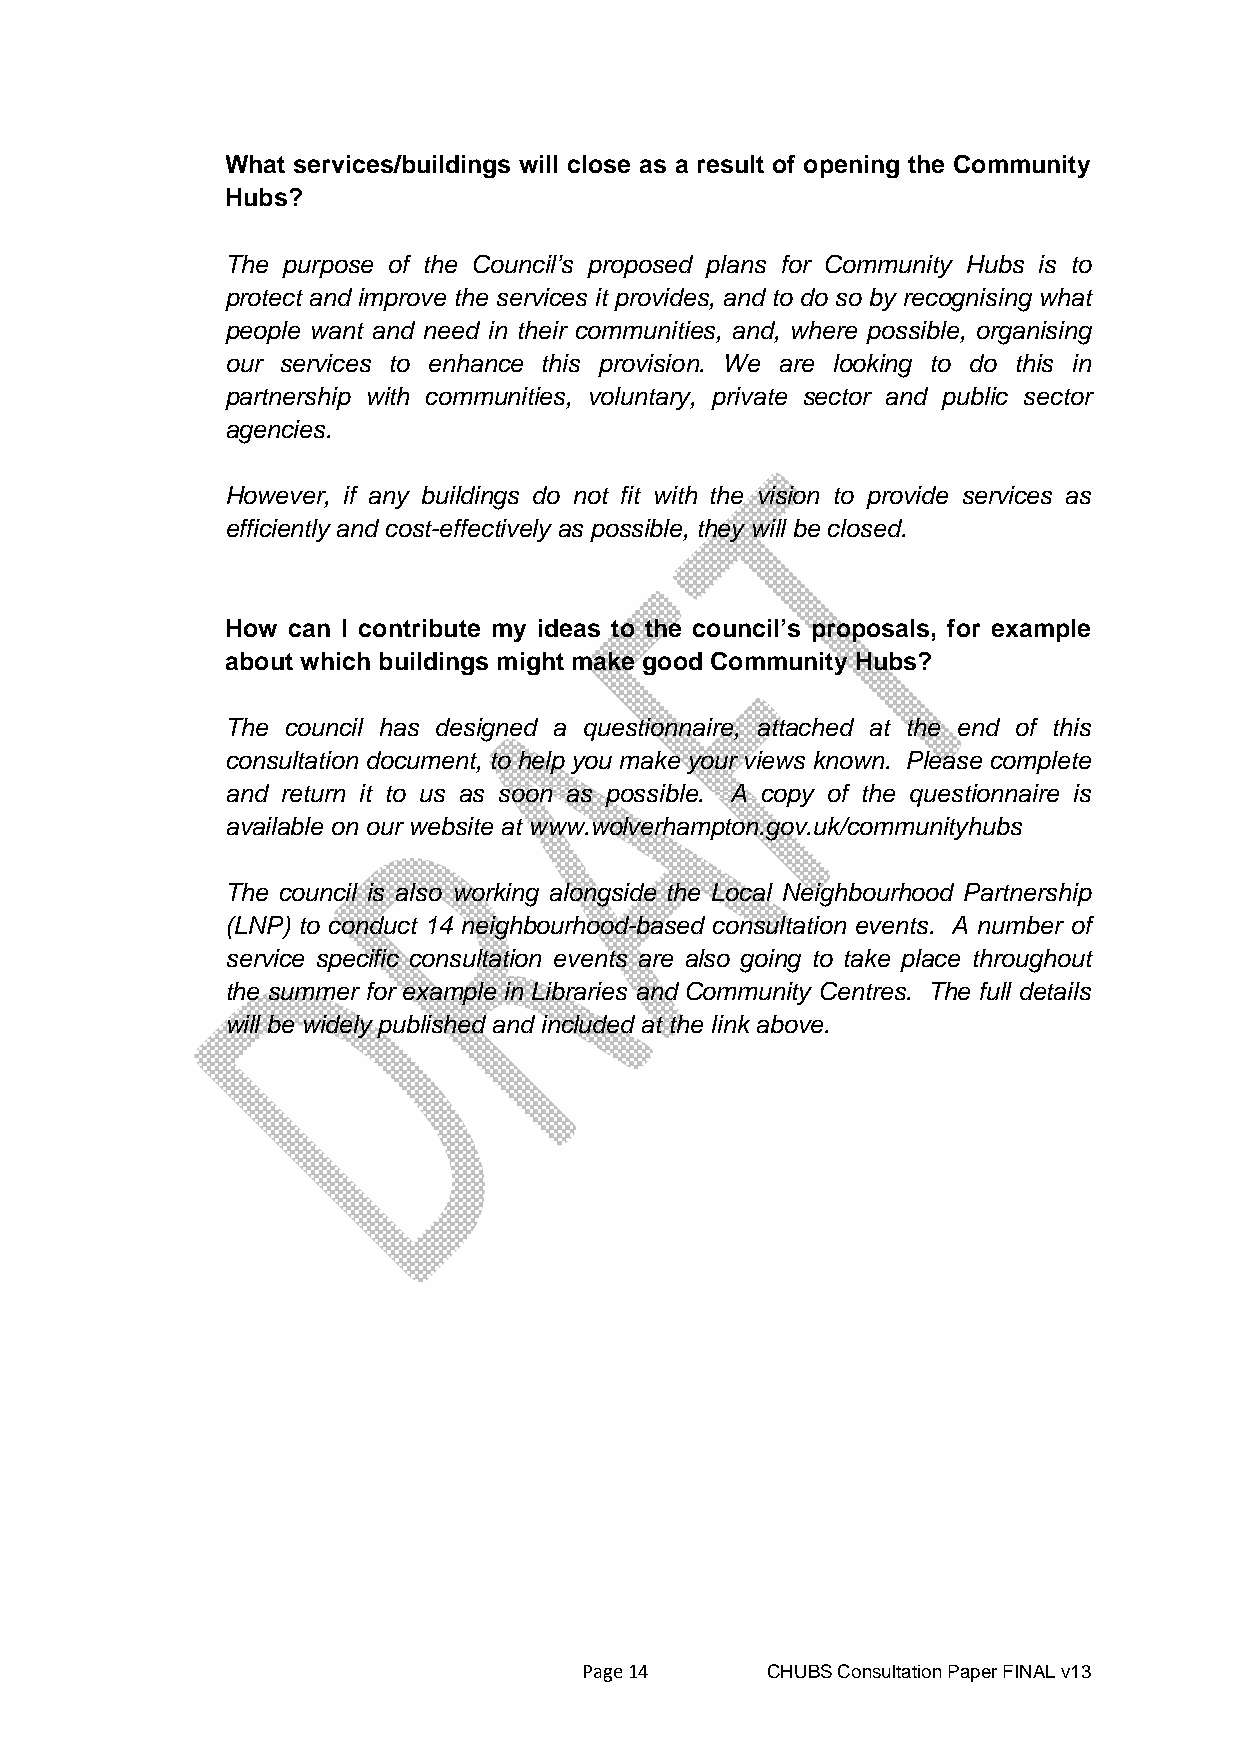
What services/buildings will close as a result of opening the Community
 Hubs?
 The purpose of the Council’s proposed plans for Community Hubs is to
 protect and improve the services it provides, and to do so by recognising what
 people want and need in their communities, and, where possible, organising
 our services to enhance this provision. We are looking to do this in
 partnership with communities, voluntary, private sector and public sector
 agencies.
 However, if any buildings do not fit with the vision to provide services as
 efficiently and cost-effectively as possible, they will be closed.
 How can I contribute my ideas to the council’s proposals, for example
 about which buildings might make good Community Hubs?
 The council has designed a questionnaire, attached at the end of this
 consultation document, to help you make your views known. Please complete
 and return it to us as soon as possible. A copy of the questionnaire is
 available on our website at www.wolverhampton.gov.uk/communityhubs
 The council is also working alongside the Local Neighbourhood Partnership
 (LNP) to conduct 14 neighbourhood-based consultation events. A number of
 service specific consultation events are also going to take place throughout
 the summer for example in Libraries and Community Centres. The full details
 will be widely published and included at the link above.
 Page 14     CHUBS Consultation Paper FINAL v13